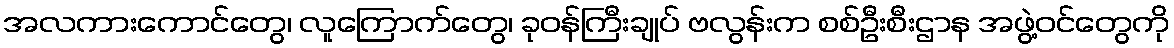
အလကားကောင်တွေ၊ လူကြောက်တွေ၊ ခုဝန်ကြီးချုပ် ဗလွန်းက စစ်ဦးစီးဌာန အဖွဲ့ဝင်တွေကို